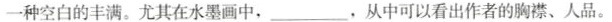
一种空白的丰满。尤其在水墨画中，___，从中可以看出作者的胸襟、人品。